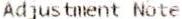
ADJUSTMENT NOTE